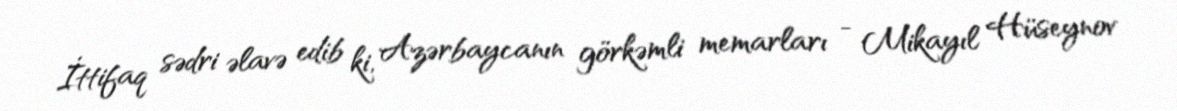
İttifaq sədri əlavə edib ki, Azərbaycanın görkəmli memarları - Mikayıl Hüseynov